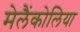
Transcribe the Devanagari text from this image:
मेलैंकोलिया